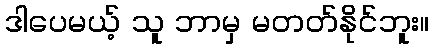
ဒါပေမယ့် သူ ဘာမှ မတတ်နိုင်ဘူး။